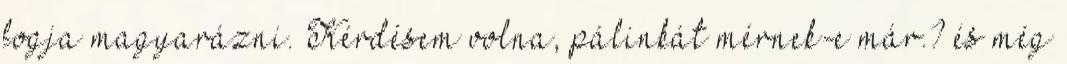
fogja magyarázni. Kérdésem volna, pálinkát mérnek-e már.? és még